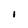
Character: i